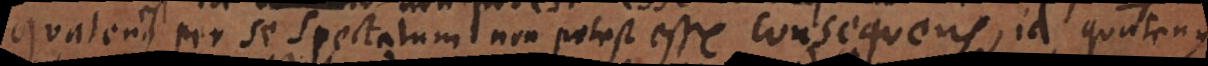
est per se spectatum non potest esse consequens, id quatenus